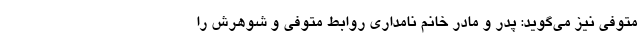
متوفی نیز می‌گوید: پدر و مادر خانم نامداری روابط متوفی و شوهرش را